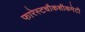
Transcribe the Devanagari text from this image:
फारेस्टचौकशीकमेटी